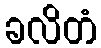
ခလိတံ